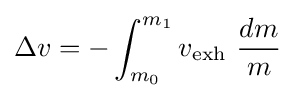
\Delta {v}=-\int _{m_{0}}^{m_{1}}{v_{\text{exh}}\ {\frac {dm}{m}}}